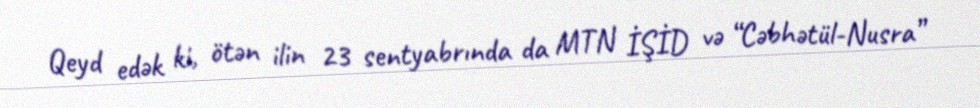
Qeyd edək ki, ötən ilin 23 sentyabrında da MTN İŞİD və “Cəbhətül-Nusra”